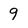
Character: 9